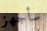
سأجهز